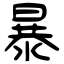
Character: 暴